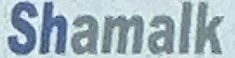
Shamalk